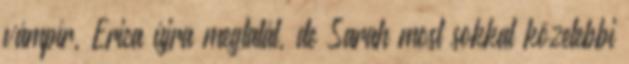
vámpír, Erica újra megtalál, de Sarah most sokkal közelebbi